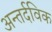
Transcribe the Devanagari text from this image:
अन्तर्दविक